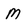
Character: M